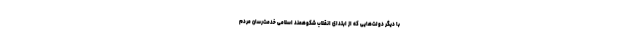
با دیگر دولت‌هایی که از ابتدای انقلاب شکوهمند اسلامی خدمت‌رسان مردم